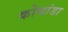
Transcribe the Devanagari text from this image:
कोथांडा